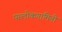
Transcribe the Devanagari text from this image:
परलोकगामिनी